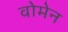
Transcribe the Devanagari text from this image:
वोमेन